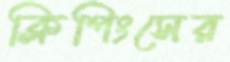
ক্লিপিংসের